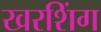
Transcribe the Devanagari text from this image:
खरशिंग